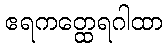
ဧရကတ္ထေရဂါထာ